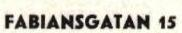
FABIANSGATAN 15